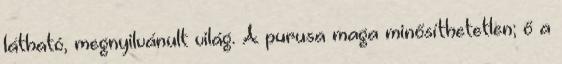
látható, megnyilvánult világ. A purusa maga minősíthetetlen; ő a